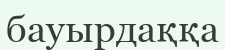
бауырдаққа